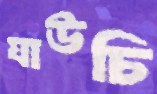
যাউচি